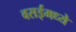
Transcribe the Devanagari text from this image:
वसईमध्ये